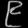
Digit: ၉